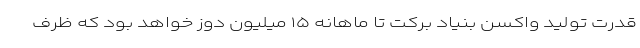
قدرت تولید واکسن بنیاد برکت تا ماهانه ۱۵ میلیون دوز خواهد بود که ظرف